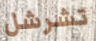
تشرشل